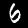
Label: 6